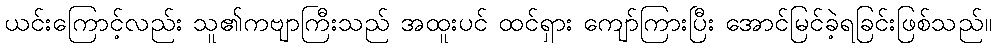
ယင်းကြောင့်လည်း သူ၏ကဗျာကြီးသည် အထူးပင် ထင်ရှား ကျော်ကြားပြီး အောင်မြင်ခဲ့ရခြင်းဖြစ်သည်။